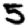
Digit: 5